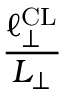
\frac { \ell _ { \perp } ^ { \mathrm { C L } } } { L _ { \perp } }